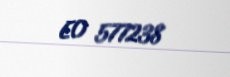
EO 577238